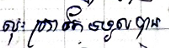
លុះត្រាតែទទួលបាន